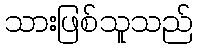
သားဖြစ်သူသည်